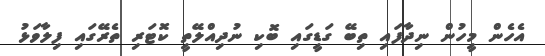
އެހެން މީހުން ނިދާފައި ތިބޭ ގަޑީގައި ބޮކި ނުދިއްލޭތީ ކޮޓަރި ތެރޭގައި ފިލާވަޅު